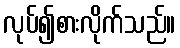
လုပ်၍စားလိုက်သည်။